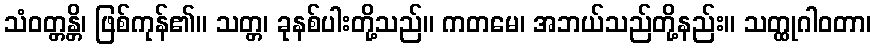
သံဝတ္တန္တိ၊ ဖြစ်ကုန်၏။ သတ္တ၊ ခုနစ်ပါးတို့သည်။ ကတမေ၊ အဘယ်သည်တို့နည်း။ သတ္ထုဂါဝတာ၊